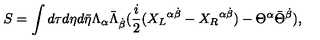
S = \int d \tau d \eta d { \bar { \eta } } \Lambda _ { \alpha } { \bar { \Lambda } } _ { \dot { \beta } } ( { \frac { i } { 2 } } ( { X _ { L } } ^ { \alpha \dot { \beta } } - { X _ { R } } ^ { \alpha \dot { \beta } } ) - \Theta ^ { \alpha } { \bar { \Theta } } ^ { \dot { \beta } } ) ,